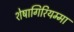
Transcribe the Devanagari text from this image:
शेषागिरियम्मा